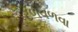
ટળવળવા